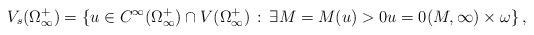
LaTeX: \begin{align*}V_s(\Omega_{\infty}^+) = \{ u\in C^{\infty}(\Omega_{\infty}^+)\cap V(\Omega_\infty^+)\,:\,\exists M=M(u) > 0 u = 0 (M, \infty)\times\omega \}\,,\end{align*}